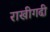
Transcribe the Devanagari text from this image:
राखीगढी़